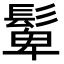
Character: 𩭧